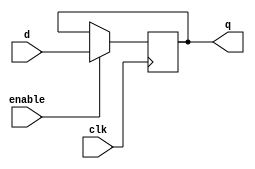
module level_sensitive_latch (
    input wire clk,
    input wire enable,
    input wire d,
    output reg q
);

always @(posedge clk) begin
    if (enable) begin
        q <= d;
    end
end

endmodule